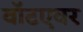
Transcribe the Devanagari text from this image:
वॉटएवर